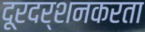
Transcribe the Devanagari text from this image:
दूरदर्शनकरता